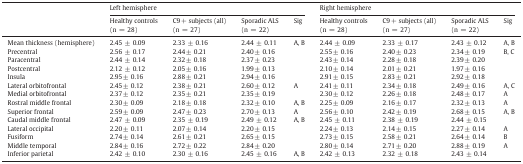
<table><thead><tr><td rowspan="2"></td><td colspan="4"><b>Left hemisphere</b></td><td colspan="4"><b>Right hemisphere</b></td></tr><tr><td><b>Healthy controls(n = 28)</b></td><td><b>C9 + subjects (all)(n = 27)</b></td><td><b>Sporadic ALS(n = 22)</b></td><td><b>Sig</b></td><td><b>Healthy controls(n = 28)</b></td><td><b>C9 + subjects (all)(n = 27)</b></td><td><b>Sporadic ALS(n = 22)</b></td><td><b>Sig</b></td></tr></thead><tbody><tr><td>Mean thickness (hemisphere)</td><td>2.45 ± 0.09</td><td>2.33 ± 0.16</td><td>2.44 ± 0.11</td><td>A, B</td><td>2.44 ± 0.09</td><td>2.33 ± 0.17</td><td>2.43 ± 0.12</td><td>A, B</td></tr><tr><td>Precentral</td><td>2.56 ± 0.17</td><td>2.44 ± 0.21</td><td>2.40 ± 0.16</td><td></td><td>2.55 ± 0.16</td><td>2.40 ± 0.23</td><td>2.34 ± 0.19</td><td>B, C</td></tr><tr><td>Paracentral</td><td>2.44 ± 0.14</td><td>2.32 ± 0.18</td><td>2.37 ± 0.23</td><td></td><td>2.43 ± 0.14</td><td>2.28 ± 0.18</td><td>2.39 ± 0.20</td><td></td></tr><tr><td>Postcentral</td><td>2.12 ± 0.12</td><td>2.05 ± 0.16</td><td>1.99 ± 0.13</td><td></td><td>2.10 ± 0.14</td><td>2.01 ± 0.21</td><td>1.97 ± 0.16</td><td></td></tr><tr><td>Insula</td><td>2.95 ± 0.16</td><td>2.88 ± 0.21</td><td>2.94 ± 0.16</td><td></td><td>2.91 ± 0.15</td><td>2.83 ± 0.21</td><td>2.92 ± 0.18</td><td></td></tr><tr><td>Lateral orbitofrontal</td><td>2.45 ± 0.12</td><td>2.38 ± 0.21</td><td>2.60 ± 0.12</td><td>A</td><td>2.41 ± 0.11</td><td>2.34 ± 0.18</td><td>2.49 ± 0.16</td><td>A, C</td></tr><tr><td>Medial orbitofrontal</td><td>2.37 ± 0.12</td><td>2.35 ± 0.21</td><td>2.35 ± 0.19</td><td></td><td>2.30 ± 0.12</td><td>2.26 ± 0.18</td><td>2.48 ± 0.17</td><td>A</td></tr><tr><td>Rostral middle frontal</td><td>2.30 ± 0.09</td><td>2.18 ± 0.18</td><td>2.32 ± 0.10</td><td>A, B</td><td>2.25 ± 0.09</td><td>2.16 ± 0.17</td><td>2.32 ± 0.13</td><td>A</td></tr><tr><td>Superior frontal</td><td>2.59 ± 0.09</td><td>2.47 ± 0.23</td><td>2.70 ± 0.13</td><td>A</td><td>2.56 ± 0.10</td><td>2.42 ± 0.19</td><td>2.68 ± 0.15</td><td>A, B</td></tr><tr><td>Caudal middle frontal</td><td>2.47 ± 0.09</td><td>2.35 ± 0.19</td><td>2.49 ± 0.12</td><td>A, B</td><td>2.45 ± 0.11</td><td>2.38 ± 0.19</td><td>2.44 ± 0.15</td><td></td></tr><tr><td>Lateral occipital</td><td>2.20 ± 0.11</td><td>2.07 ± 0.14</td><td>2.20 ± 0.15</td><td></td><td>2.24 ± 0.13</td><td>2.14 ± 0.15</td><td>2.27 ± 0.14</td><td>A</td></tr><tr><td>Fusiform</td><td>2.74 ± 0.14</td><td>2.61 ± 0.21</td><td>2.65 ± 0.15</td><td></td><td>2.73 ± 0.15</td><td>2.58 ± 0.21</td><td>2.64 ± 0.14</td><td>B</td></tr><tr><td>Middle temporal</td><td>2.84 ± 0.16</td><td>2.72 ± 0.22</td><td>2.84 ± 0.20</td><td></td><td>2.80 ± 0.14</td><td>2.71 ± 0.20</td><td>2.88 ± 0.19</td><td>A</td></tr><tr><td>Inferior parietal</td><td>2.42 ± 0.10</td><td>2.30 ± 0.16</td><td>2.45 ± 0.16</td><td>A, B</td><td>2.42 ± 0.13</td><td>2.32 ± 0.18</td><td>2.43 ± 0.14</td><td></td></tr></tbody></table>